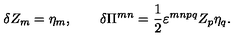
\delta Z _ { m } = \eta _ { m } , \qquad \delta \Pi ^ { m n } = \frac 1 2 \varepsilon ^ { m n p q } Z _ { p } \eta _ { q } .